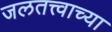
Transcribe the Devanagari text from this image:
जलतत्त्वाच्या